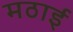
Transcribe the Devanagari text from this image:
मठाई